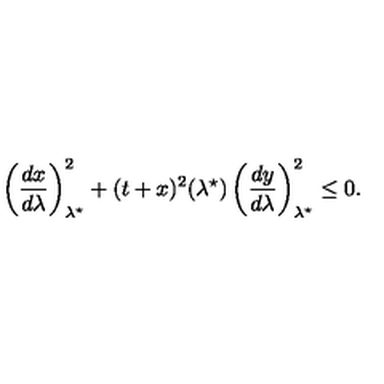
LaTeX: \left( \frac { d x } { d \lambda } \right) _ { \lambda ^ { \star } } ^ { 2 } + ( t + x ) ^ { 2 } ( \lambda ^ { \star } ) \left( \frac { d y } { d \lambda } \right) _ { \lambda ^ { \star } } ^ { 2 } \leq 0 .